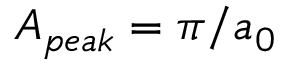
A _ { p e a k } = \pi / a _ { 0 }